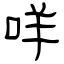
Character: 咩